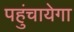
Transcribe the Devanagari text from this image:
पहुंचायेगा